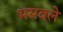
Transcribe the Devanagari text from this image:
भसवले